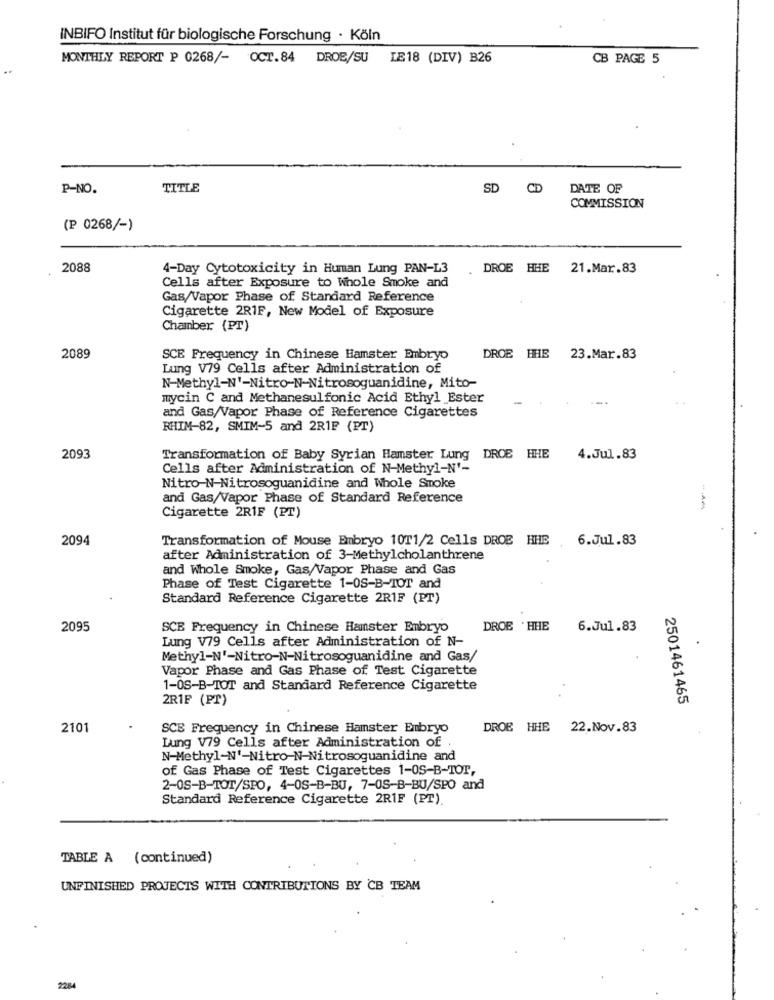
INBIFO Institut für biologische Forschung · Köln
MONTHLY REPORT P 0268/- OCT.84 DROE/SU IE18 (DIV) B26
CB PAGE 5
P-NO.
TITLE
SD CD
DATE OF
COMMISSION
(P 0268/-)
2088
4-Day Cytotoxicity in Human Lung PAN-L3
DROE HHE
21.Mar.83
Cells after Exposure to Whole Smoke and
Gas/Vapor Phase of Standard Reference
Cigarette 2RIF, New Model of Exposure
Chamber (PT)
2089
SCE Frequency in Chinese Hamster Embryo
DROE THE 23.Mar.83
Lung V79 Cells after Administration of
N-Methyl-N'-Nitro-N-Nitrosoguanidine, Mito-
mycin C and Methanesulfonic Acid Ethyl Ester
and Gas/Vapor Phase of Reference Cigarettes
RHIM-82, SMIM-5 and 2R1F (PT)
2093
Transformation of Baby Syrian Hamster Lung DROE HHE
4.Jul.83
Cells after Administration of N-Methyl-N'-
Nitro-N-Nitrosoguanidine and Whole Smoke
and Gas/Vapor Phase of Standard Reference
Cigarette 2R1F (PT)
2094
Transformation of Mouse Embryo 10T1/2 Cells DROB HHE
6.Jul.83
after Administration of 3-Methylcholanthrene
and Whole Smoke, Gas/Vapor Phase and Gas
Phase of Test Cigarette 1-0S-B-IOT and
Standard Reference Cigarette 2RIF (PT)
2095
SCE Frequency in Chinese Hamster Embryo
DROE .HHE
6.Jul.83
Lung V79 Cells after Administration of N-
Methyl-N'-Nitro-N-Nitrosoguanidine and Gas/
Vapor Phase and Gas Phase of Test Cigarette
1-0S-B-IOT and Standard Reference Cigarette
2R1F (PT)
2501461465
2101
SCE Frequency in Chinese Hamster Embryo
DROB HHE
22.Nov.83
Lung V79 Cells after Administration of .
N-Methyl-N'-Nitro-N-Nitrosoguanidine and
of Gas Phase of Test Cigarettes 1-0S-B-TOT,
2-0S-B-TOT/SPO, 4-0S-B-BU, 7-OS-B-BU/SPO and
Standard Reference Cigarette 2RIF (PT)
TABLE A (continued)
UNFINISHED PROJECTS WITH CONTRIBUTIONS BY CB TEAM
2284